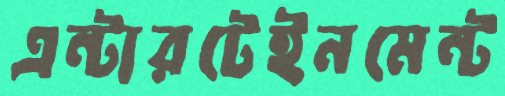
এন্টারটেইনমেন্ট